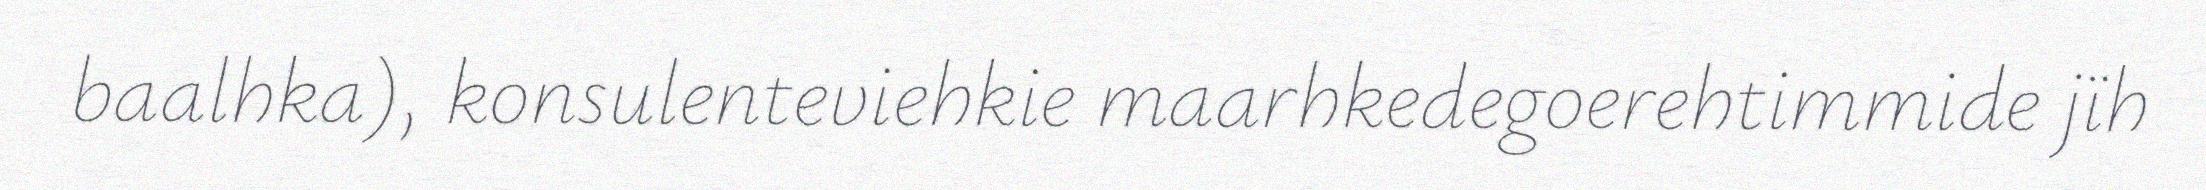
baalhka), konsulenteviehkie maarhkedegoerehtimmide jïh